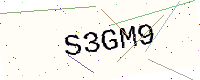
Text: S3GM9